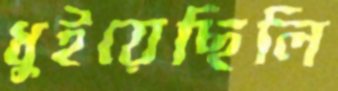
ধুইয়েছিলি